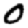
Digit: 0